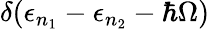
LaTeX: \delta(\epsilon_{n_{1}}-\epsilon_{n_{2}}-\hbar\Omega)